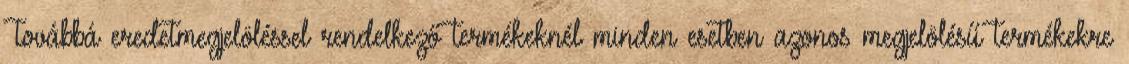
Továbbá eredetmegjelöléssel rendelkező termékeknél minden esetben azonos megjelölésű termékekre